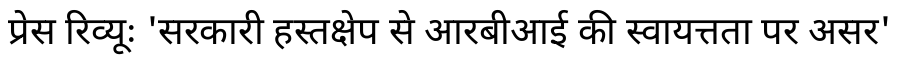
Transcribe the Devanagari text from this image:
प्रेस रिव्यूः 'सरकारी हस्तक्षेप से आरबीआई की स्वायत्तता पर असर'